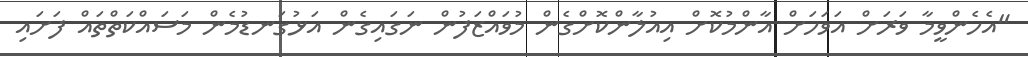
"އެހެންވީމާ ވަރަށް އަވަހަށް އާންމުކޮށް އިއުލާންކޮށްގެން މުވައްޒަފުން ނަގައިގެން އަޅުގަނޑުމެން މަސައްކަތްތައް ފަަށައި